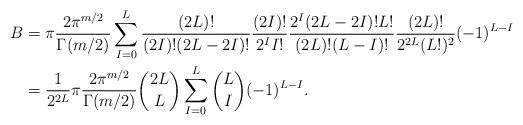
LaTeX: \begin{align*}B&=\pi \frac{2\pi^{m/2}}{\Gamma(m/2)} \sum_{I=0}^L \frac{(2L)!}{(2I)!(2L-2I)!} \frac{(2I)!}{2^I I!} \frac{2^I(2L-2I)!L!}{(2L)!(L-I)!}\frac{(2L)!}{2^{2L}(L!)^2}(-1)^{L-I} \\&=\frac{1}{2^{2L}} \pi \frac{2\pi^{m/2}}{\Gamma(m/2)} \binom{2L}{L} \sum_{I=0}^L \binom{L}{I}(-1)^{L-I}.\end{align*}